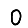
Digit: 0